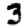
Digit: 3